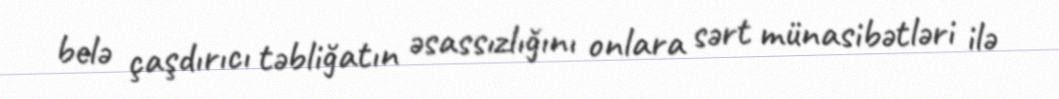
belə çaşdırıcı təbliğatın əsassızlığını onlara sərt münasibətləri ilə